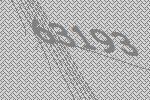
63193